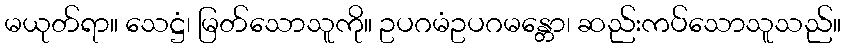
မယုတ်ရာ။ သေဋ္ဌံ၊ မြတ်သောသူကို။ ဥပဂမံဥပဂမန္တော၊ ဆည်းကပ်သောသူသည်။